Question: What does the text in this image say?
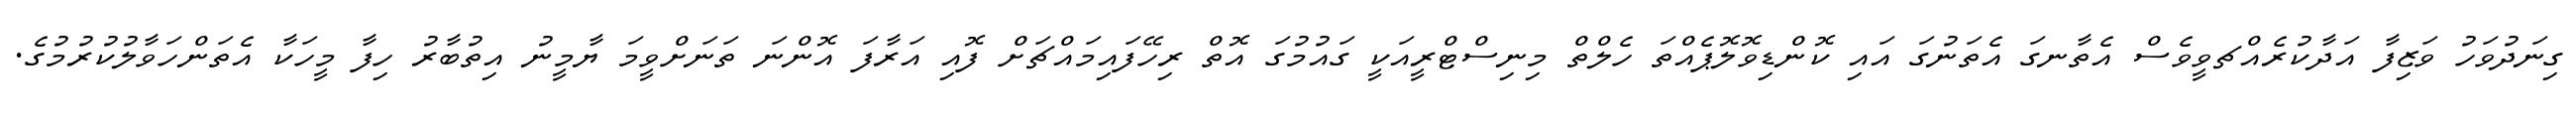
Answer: ގިނަދުވަހު ވަޒިފާ އަދާކުރެއްޗވީވެސް އެތާނގަ އެތަނުގަ އައި ކޮންޑިވޮލޮޕެއްތަ ހެލްތް މިނިސްޓްރީއަކީ ގައުމުގަ އޮތް ރިހޭފައިމައްޗަށް ފޮއި އަރާފަ އޮންނަ ތަނަށްވީމަ ޔާމީނު އިތުބާރު ހިފާ މީހަކާ އެތަންހަވާލުކުރުމުގެ.